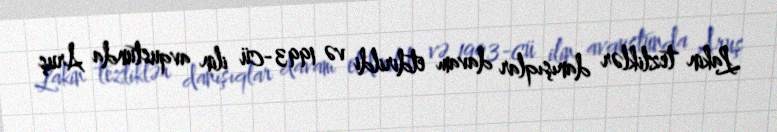
Lakin tezliklər danışıqlar davam etdirildi və 1993-cü ilin avqustunda Aruş